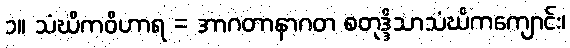
၁။ သံဃိကဝိဟာရ = အာဂတာနာဂတ စတုဒ္ဒိသာသံဃိကကျောင်း၊